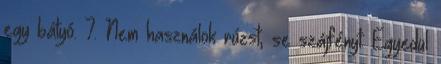
egy bátyó. 7. Nem használok rúzst, se szájfényt. Egyedül